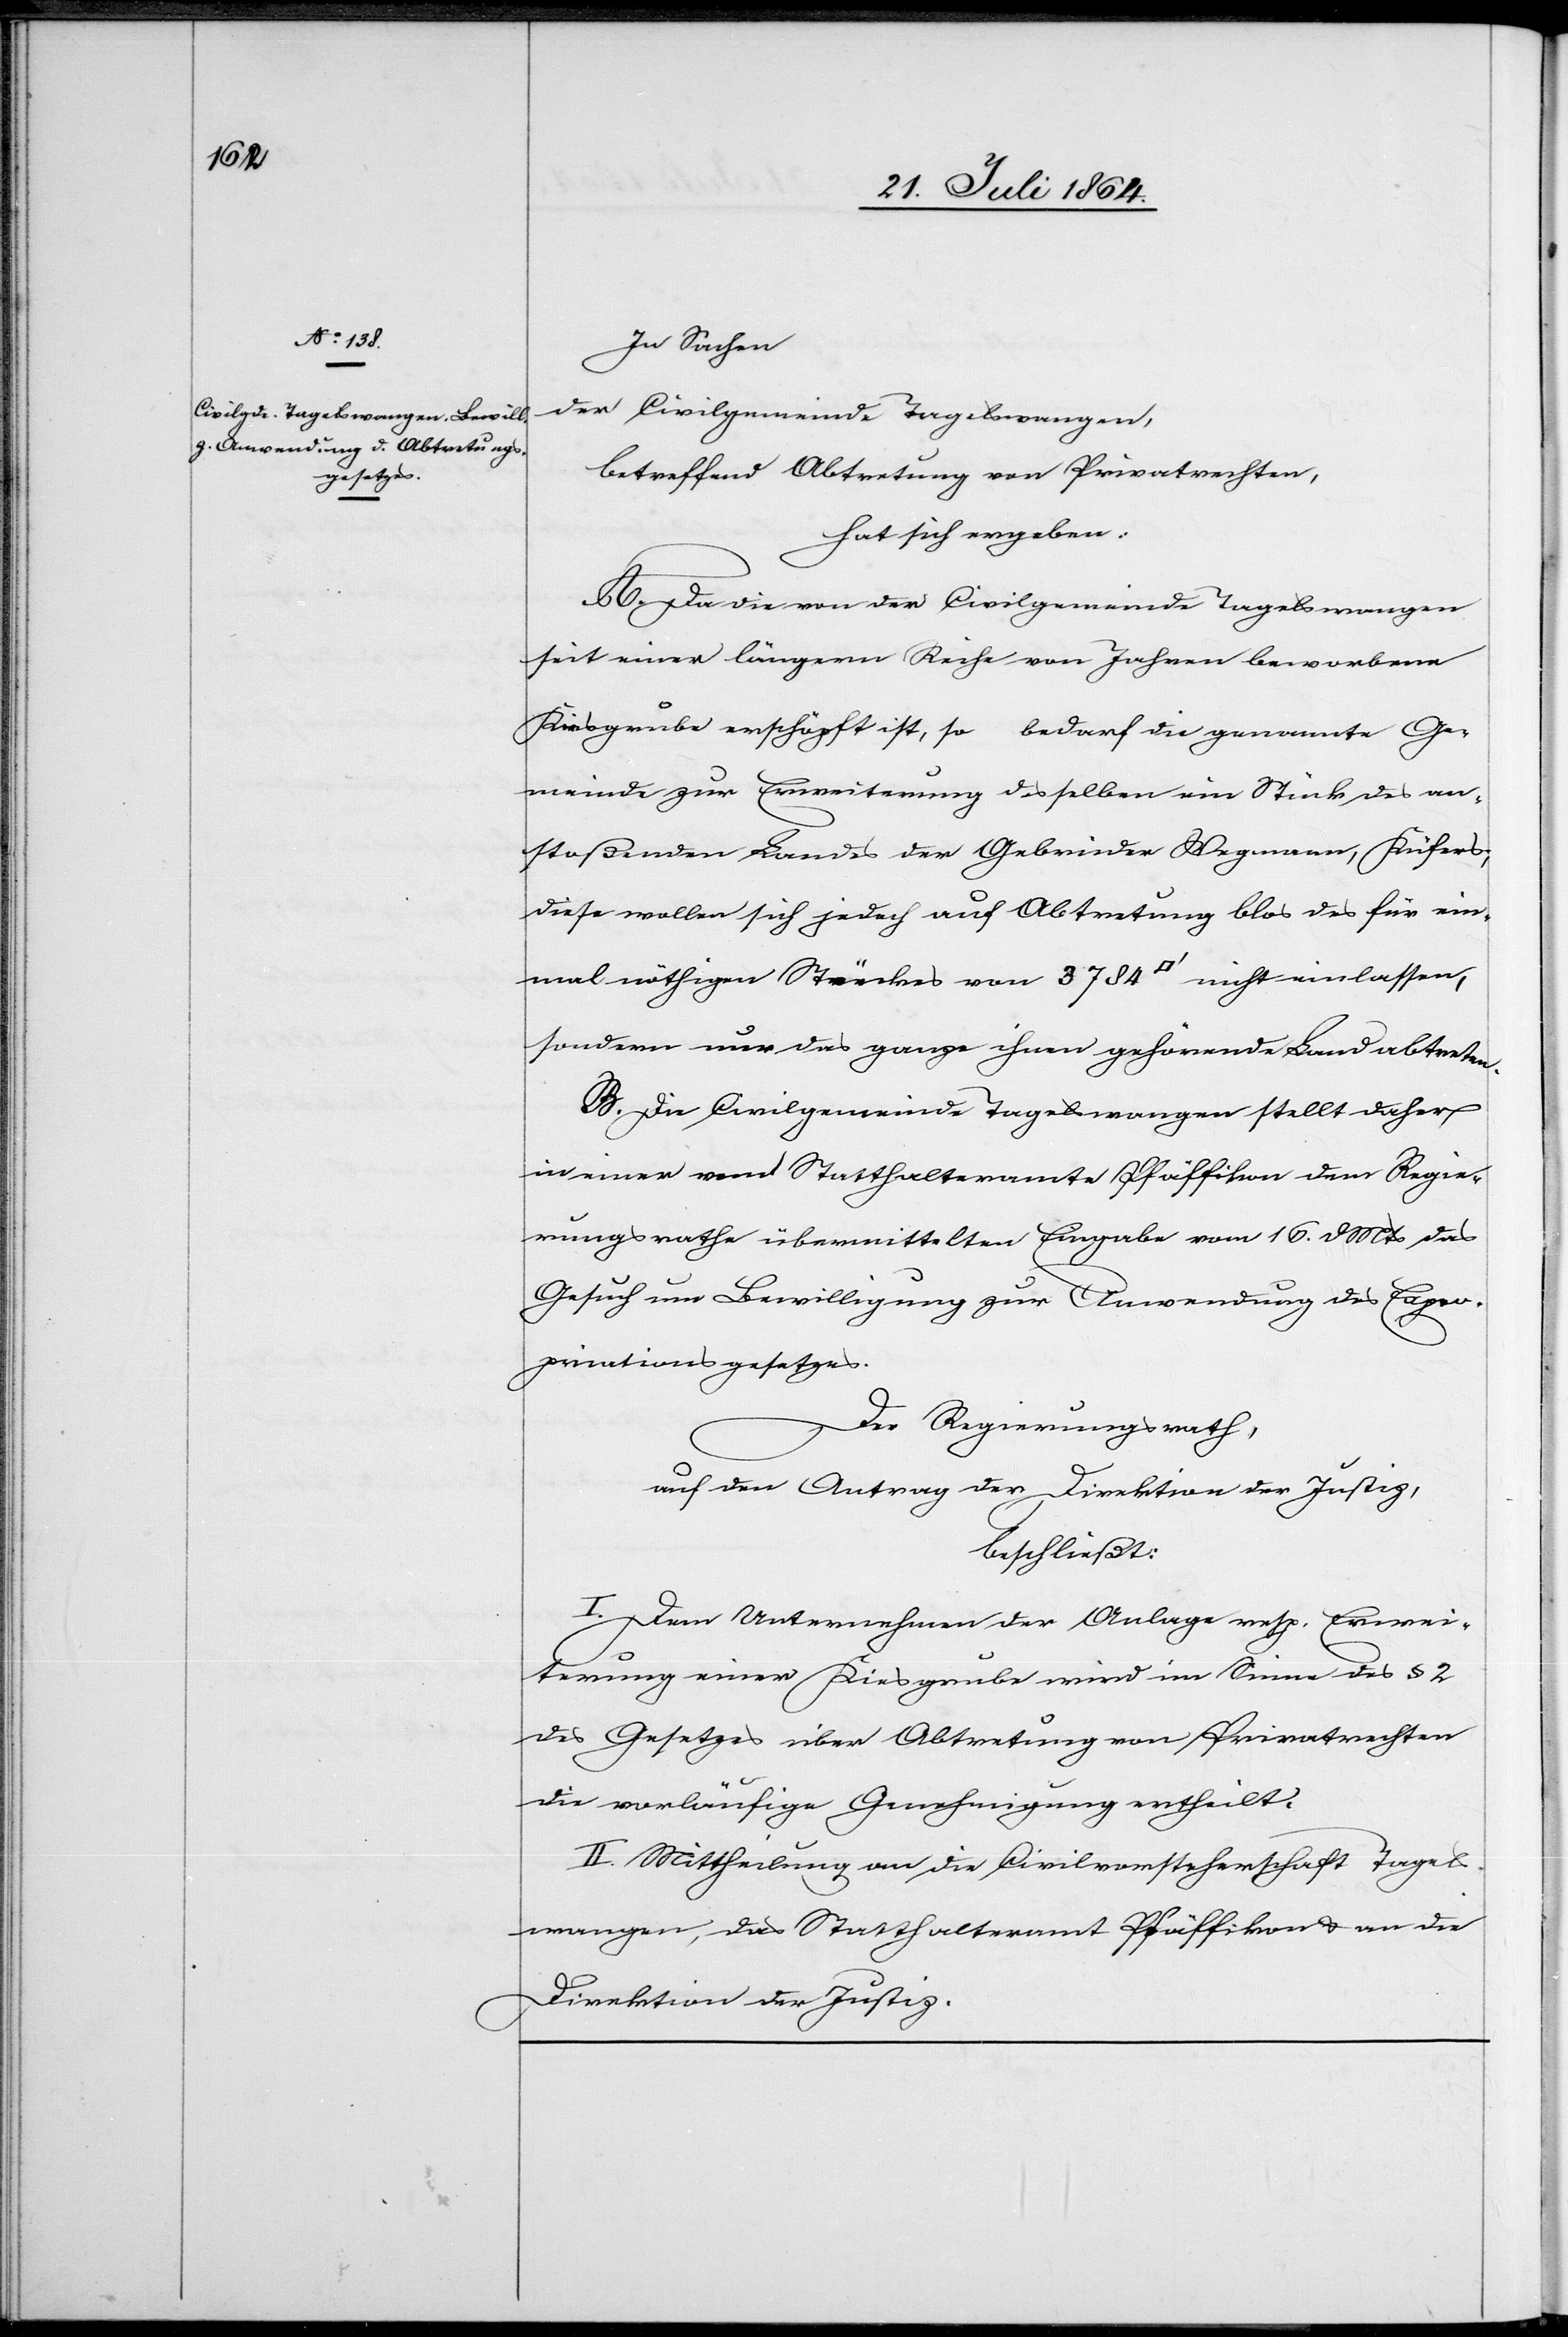
In Sachen
der Civilgemeinde Tagelswangen,
betreffend Abtretung von Privatrechten,
hat sich ergeben:
A. Da die von der Civilgemeinde Tagelswangen
seit einer längern Reihe von Jahren beworbene
Kiesgrube erschöpft ist, so bedarf die genannte Ge¬
meinde zur Erweiterung desselben [sic!] ein Stück des an¬
stoßenden Landes der Gebrüder Wegmann, Küfers;
diese wollen sich jedoch auf Abtretung blos des für ein¬
mal nöthigen Stückes von 3784 [Quadratfuss] nicht einlassen,
sondern nur das ganze ihnen gehörende Land abtreten.
B. Die Civilgemeinde Tagelswangen stellt daher
in einer vom Statthalteramte Pfäffikon dem Regie¬
rungsrathe übermittelten Eingabe vom 16. d. Mts. das
Gesuch um Bewilligung zur Anwendung des Expro¬
priationsgesetzes.
Der Regierungsrath,
auf den Antrag der Direktion der Justiz,
beschließt:
I. Dem Unternehmen der Anlage resp. Erwei¬
terung einer Kiesgrube wird im Sinne des § 2
des Gesetzes über Abtretung von Privatrechten
die vorläufige Genehmigung ertheilt.
II. Mittheilung an die Civilvorsteherschaft Tagels¬
wangen, das Statthalteramt Pfäffikon u. an die
Direktion der Justiz.